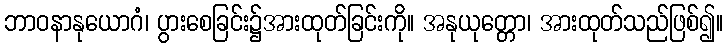
ဘာဝနာနုယောဂံ၊ ပွားစေခြင်း၌အားထုတ်ခြင်းကို။ အနုယုတ္တော၊ အားထုတ်သည်ဖြစ်၍။